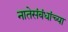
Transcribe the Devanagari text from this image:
नातेसंबंधांच्या